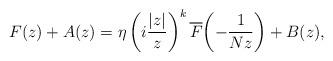
LaTeX: \begin{align*}F(z)+A(z) =\eta\left(i\frac{|z|}{z}\right)^k\overline{F}\!\left(-\frac1{Nz}\right)+B(z),\end{align*}